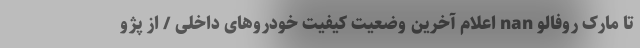
تا مارک روفالو nan اعلام آخرین وضعیت کیفیت خودروهای داخلی / از پژو